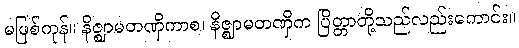
မဖြစ်ကုန်။ နိဇ္ဈာမတဏှိကာစ၊ နိဇ္ဈာမတဏှိက ပြိတ္တာတို့သည်လည်းကောင်း။